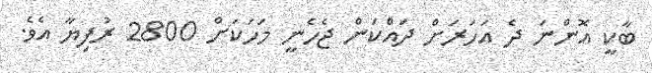
ބާކީ އޮންނަ ދެ އަހަރަށް ދައްކަން ޖެހެނީ މަހަކަށް 2800 ރުފިޔާ އެވެ.